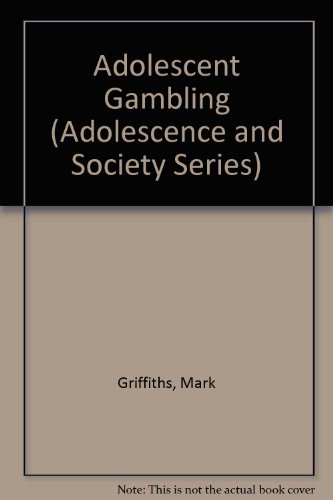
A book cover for Adolescent Gambling (Adolescence and Society); Mark Griffiths; Health, Fitness & Dieting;